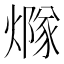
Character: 𤏢